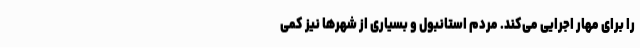
را برای مهار اجرایی می‌کند. مردم استانبول و بسیاری از شهرها نیز کمی